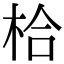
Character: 㭘